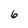
Character: 6